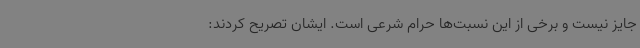
جایز نیست و برخی از این نسبت‌ها حرام شرعی است. ایشان تصریح کردند:‌